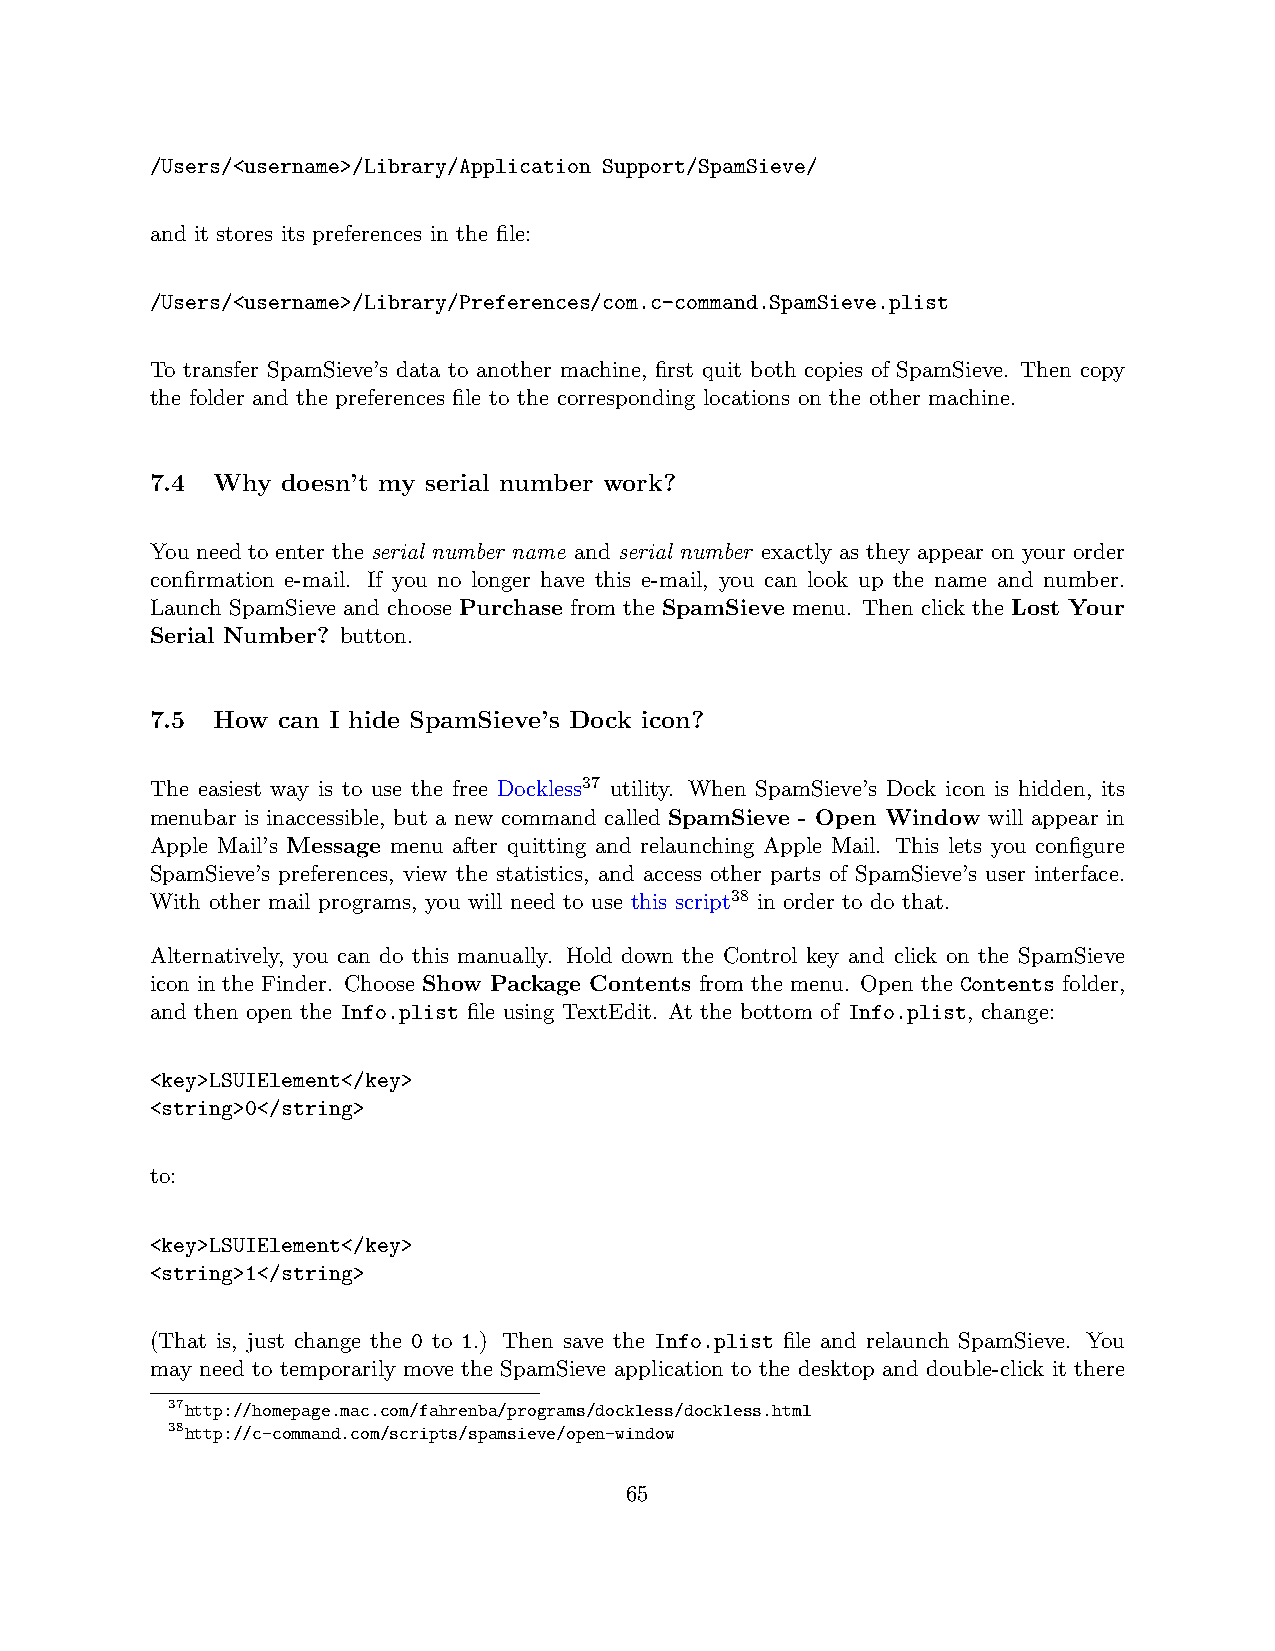
/Users/<username>/Library/Application Support/SpamSieve/
 and it stores its preferences in the file:
 /Users/<username>/Library/Preferences/com.c-command.SpamSieve.plist
 To transfer SpamSieve’s data to another machine, first quit both copies of SpamSieve. Then copy
 the folder and the preferences file to the corresponding locations on the other machine.
 7.4 Why  doesn’t my serial number work?
 You need to enter the serial number name and serial number exactly as they appear on your order
 confirmation e-mail. If you no longer have this e-mail, you can look up the name and number.
 Launch SpamSieve and choose Purchase from the SpamSieve menu. Then click the Lost Your
 Serial Number? button.
 7.5 How can I hide SpamSieve’s Dock icon?
 The easiest way is to use the free Dockless37 utility. When SpamSieve’s Dock icon is hidden, its
 menubar is inaccessible, but a new command called SpamSieve - Open Window will appear in
 Apple Mail’s Message menu after quitting and relaunching Apple Mail. This lets you configure
 SpamSieve’s preferences, view the statistics, and access other parts of SpamSieve’s user interface.
 With other mail programs, you will need to use this script38 in order to do that.
 Alternatively, you can do this manually. Hold down the Control key and click on the SpamSieve
 icon in the Finder. Choose Show Package Contents from the menu. Open the Contents folder,
 and then open the Info.plist file using TextEdit. At the bottom of Info.plist, change:
 <key>LSUIElement</key>
 <string>0</string>
 to:
 <key>LSUIElement</key>
 <string>1</string>
 (That is, just change the 0 to 1.) Then save the Info.plist file and relaunch SpamSieve. You
 may need to temporarily move the SpamSieve application to the desktop and double-click it there
 37http://homepage.mac.com/fahrenba/programs/dockless/dockless.html
 38http://c-command.com/scripts/spamsieve/open-window
 65